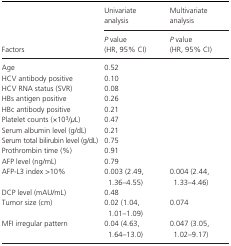
<table><thead><tr><td rowspan="2"><b>Factors</b></td><td><b>Univariate analysis</b></td><td><b>Multivariate analysis</b></td></tr><tr><td><b><i>P</i> value (HR, 95% CI)</b></td><td><b><i>P</i> value (HR, 95% CI)</b></td></tr></thead><tbody><tr><td>Age</td><td>0.52</td><td></td></tr><tr><td>HCV antibody positive</td><td>0.10</td><td></td></tr><tr><td>HCV RNA status (SVR)</td><td>0.08</td><td></td></tr><tr><td>HBs antigen positive</td><td>0.26</td><td></td></tr><tr><td>HBc antibody positive</td><td>0.21</td><td></td></tr><tr><td>Platelet counts (×10<sup>3</sup>/<i>μ</i>L)</td><td>0.47</td><td></td></tr><tr><td>Serum albumin level (g/dL)</td><td>0.21</td><td></td></tr><tr><td>Serum total bilirubin level (g/dL)</td><td>0.75</td><td></td></tr><tr><td>Prothrombin time (%)</td><td>0.91</td><td></td></tr><tr><td>AFP level (ng/mL)</td><td>0.79</td><td></td></tr><tr><td>AFP‐L3 index &gt;10%</td><td>0.003 (2.49, 1.36–4.55)</td><td>0.004 (2.44, 1.33–4.46)</td></tr><tr><td>DCP level (mAU/mL)</td><td>0.48</td><td></td></tr><tr><td>Tumor size (cm)</td><td>0.02 (1.04, 1.01–1.09)</td><td>0.074</td></tr><tr><td>MFI irregular pattern</td><td>0.04 (4.63, 1.64–13.0)</td><td>0.047 (3.05, 1.02–9.17)</td></tr></tbody></table>